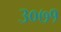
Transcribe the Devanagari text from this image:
३०७१